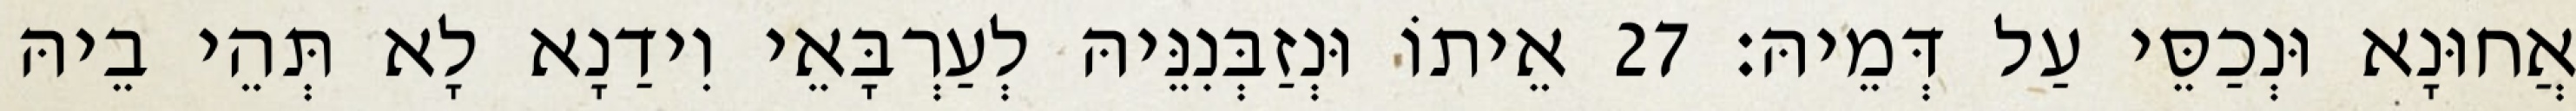
אֲחוּנָא וּנְכַסֵּי עַל דְּמֵיהּ׃ 27 אֵיתוֹ וּנְזַבְּנִנֵּיהּ לְעַרְבָּאֵי וִידַנָא לָא תְּהֵי בֵיהּ